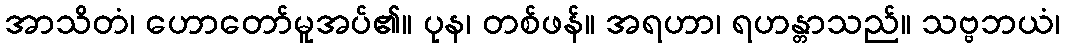
အာသိတံ၊ ဟောတော်မူအပ်၏။ ပုန၊ တစ်ဖန်။ အရဟာ၊ ရဟန္တာသည်။ သဗ္ဗဘယံ၊